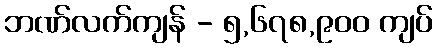
ဘဏ်လက်ကျန် - ၅,၆၇၈,၉၀၀ ကျပ်